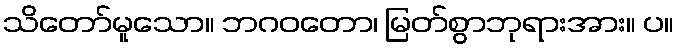
သိတော်မူသော။ ဘဂဝတော၊ မြတ်စွာဘုရားအား။ ပ။